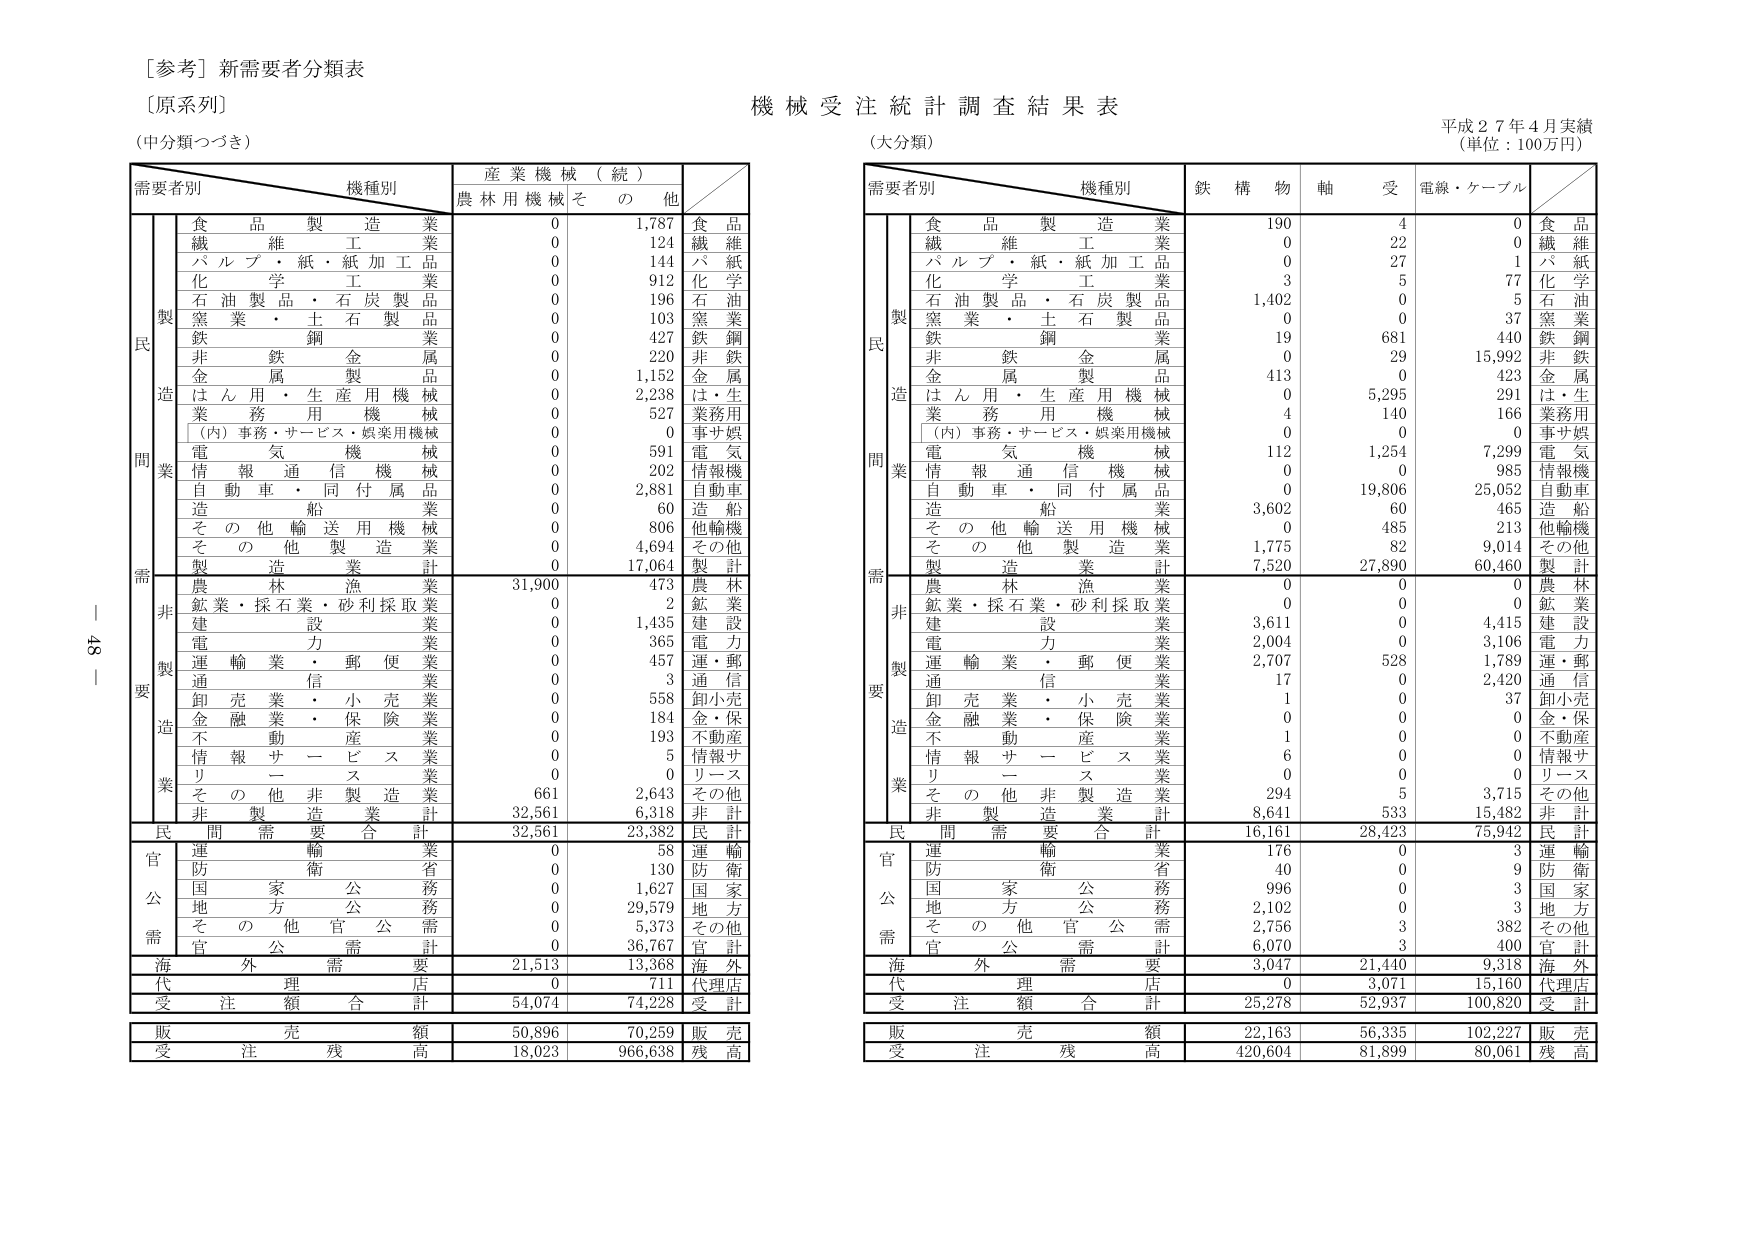
[参考] 新需要者分類表
〔原系列〕
(中分類つづき)

需要者別　　機種別　　産業機械（続）
　　　　　　　　　　農林用機械　その他

　　　　　　食品製造業　　　　　　0　　　1,787　　　食品
　　　　　　繊維加工業　　　　　　0　　　　124　　　繊維
　　　　　　パルプ・紙・紙加工品　　0　　　　144　　　パ紙
　　　　　　化学工業　　　　　　　0　　　　912　　　化学
　　　　　　石油製品・石炭製品　　0　　　　196　　　石油
　　　　　　窯業・土石製品　　　　0　　　　103　　　窯業
　　　　　　鉄鋼業　　　　　　　　0　　　　427　　　鉄鋼
　　　　　　非鉄金属業　　　　　　0　　　　220　　　非鉄
　　　　　　金属製品　　　　　　　0　　　1,152　　　金属
　　　　　　はん用・生産用機械　　0　　　2,238　　　は・生
　　　　　　業務用機械　　　　　　0　　　　527　　　業務用
　　　　　　（内）事務・サービス・娯楽用機械　0　　　　0　　　事サ娯
　　　　　　電気機械　　　　　　　0　　　　591　　　電気
　　　　　　情報通信機械　　　　　0　　　　202　　　情報機
　　　　　　自動車・同付属品　　　0　　　2,881　　　自動車
　　　　　　造船　　　　　　　　　0　　　　60　　　造船
　　　　　　その他輸送用機械　　　0　　　　806　　　他輸機
　　　　　　その他製造業　　　　　0　　　4,694　　　その他
　　　　　　製造業計　　　　　　　0　　　17,064　　　製計

　　　　　　農林漁業　　　　　　31,900　　　473　　　農林
　　　　　　鉱業・採石業・砂利採取業　0　　　　2　　　鉱業
　　　　　　建設業　　　　　　　0　　　1,435　　　建設
　　　　　　電力業　　　　　　　0　　　　365　　　電力
　　　　　　運輸業・郵便業　　　0　　　　457　　　運・郵
　　　　　　通信業　　　　　　　0　　　　3　　　通信
　　　　　　卸売業・小売業　　　0　　　　558　　　卸小売
　　　　　　金融業・保険業　　　0　　　　184　　　金・保
　　　　　　不動産業　　　　　　0　　　　193　　　不動産
　　　　　　情報サービス業　　　0　　　　5　　　情報サ
　　　　　　リース業　　　　　　0　　　　0　　　リース
　　　　　　その他非製造業　　　661　　　2,643　　　その他
　　　　　　非製造業計　　　　32,561　　　6,318　　　非計

　　　　　　民間需要合計　　　　32,561　　　23,382　　　民計

　　　　　　運輸業　　　　　　　0　　　　58　　　運輸
　　　　　　防衛省　　　　　　　0　　　　130　　　防衛
　　　　　　国家公務　　　　　　0　　　1,627　　　国家
　　　　　　地方公務　　　　　　0　　　29,579　　　地方
　　　　　　その他官公需　　　　0　　　5,373　　　その他
　　　　　　官公需計　　　　　　0　　　36,767　　　官計

　　　　　　海外需要　　　　　21,513　　　13,368　　　海外
　　　　　　代理店　　　　　　　0　　　　711　　　代理店
　　　　　　受注額合計　　　　54,074　　　74,228　　　受計

　　　　　　販売額　　　　　　50,896　　　70,259　　　販売
　　　　　　受注残高　　　　　18,023　　　966,638　　　残高

機械受注統計調査結果表
(大分類)
平成27年4月実績
(単位：100万円)

需要者別　　機種別　　鉄構物　　軸　　受　　電線・ケーブル

　　　　　　食品製造業　　　　　190　　　4　　　0　　　食品
　　　　　　繊維加工業　　　　　　0　　　22　　　0　　　繊維
　　　　　　パルプ・紙・紙加工品　　0　　　27　　　1　　　パ紙
　　　　　　化学工業　　　　　　　3　　　5　　　77　　　化学
　　　　　　石油製品・石炭製品　1,402　　　0　　　5　　　石油
　　　　　　窯業・土石製品　　　　0　　　0　　　37　　　窯業
　　　　　　鉄鋼業　　　　　　　　19　　　681　　　440　　　鉄鋼
　　　　　　非鉄金属業　　　　　　0　　　29　　　15,992　　　非鉄
　　　　　　金属製品　　　　　　413　　　0　　　423　　　金属
　　　　　　はん用・生産用機械　　0　　　5,295　　　291　　　は・生
　　　　　　業務用機械　　　　　　4　　　140　　　166　　　業務用
　　　　　　（内）事務・サービス・娯楽用機械　0　　　0　　　0　　　事サ娯
　　　　　　電気機械　　　　　　112　　　1,254　　　7,299　　　電気
　　　　　　情報通信機械　　　　　0　　　0　　　985　　　情報機
　　　　　　自動車・同付属品　　　0　　　19,806　　　25,052　　　自動車
　　　　　　造船　　　　　　　　3,602　　　60　　　465　　　造船
　　　　　　その他輸送用機械　　　0　　　485　　　213　　　他輸機
　　　　　　その他製造業　　　　1,775　　　82　　　9,014　　　その他
　　　　　　製造業計　　　　　　7,520　　　27,890　　　60,460　　　製計

　　　　　　農林漁業　　　　　　0　　　0　　　0　　　農林
　　　　　　鉱業・採石業・砂利採取業　0　　　0　　　0　　　鉱業
　　　　　　建設業　　　　　　3,611　　　0　　　4,415　　　建設
　　　　　　電力業　　　　　　2,004　　　0　　　3,106　　　電力
　　　　　　運輸業・郵便業　　2,707　　　528　　　1,789　　　運・郵
　　　　　　通信業　　　　　　17　　　0　　　2,420　　　通信
　　　　　　卸売業・小売業　　　1　　　0　　　37　　　卸小売
　　　　　　金融業・保険業　　　0　　　0　　　0　　　金・保
　　　　　　不動産業　　　　　　1　　　0　　　0　　　不動産
　　　　　　情報サービス業　　　6　　　0　　　0　　　情報サ
　　　　　　リース業　　　　　　0　　　0　　　0　　　リース
　　　　　　その他非製造業　　　294　　　5　　　3,715　　　その他
　　　　　　非製造業計　　　　8,641　　　533　　　15,482　　　非計

　　　　　　民間需要合計　　　　16,161　　　28,423　　　75,942　　　民計

　　　　　　運輸業　　　　　　176　　　0　　　3　　　運輸
　　　　　　防衛省　　　　　　40　　　0　　　9　　　防衛
　　　　　　国家公務　　　　　996　　　0　　　3　　　国家
　　　　　　地方公務　　　　2,102　　　0　　　3　　　地方
　　　　　　その他官公需　　2,756　　　3　　　382　　　その他
　　　　　　官公需計　　　　6,070　　　3　　　400　　　官計

　　　　　　海外需要　　　　　3,047　　　21,440　　　9,318　　　海外
　　　　　　代理店　　　　　　0　　　3,071　　　15,160　　　代理店
　　　　　　受注額合計　　　　25,278　　　52,937　　　100,820　　　受計

　　　　　　販売額　　　　　　22,163　　　56,335　　　102,227　　　販売
　　　　　　受注残高　　　　420,604　　　81,899　　　80,061　　　残高

42